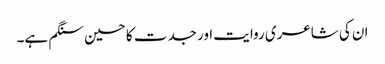
ان کی شاعری روایت اور جدت کا حسین سنگم ہے۔